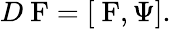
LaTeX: D\mathrm{{\mathbf~F}}=\left[\mathrm{{\mathbf~F}},\Psi\right].